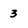
Character: 3